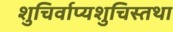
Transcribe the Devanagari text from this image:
शुचिर्वाप्यशुचिस्तथा